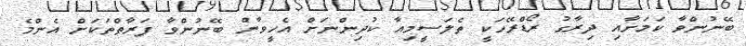
ބޭނުންވާ ކަމަށާއި ދިރާގު ރޯޑްރޭހަކީ ތެލަސީމިއާ ކުދިންނަށް އެހީވާން ބޭނުންވާ ފަރާތްތަކަށް އެންމެ